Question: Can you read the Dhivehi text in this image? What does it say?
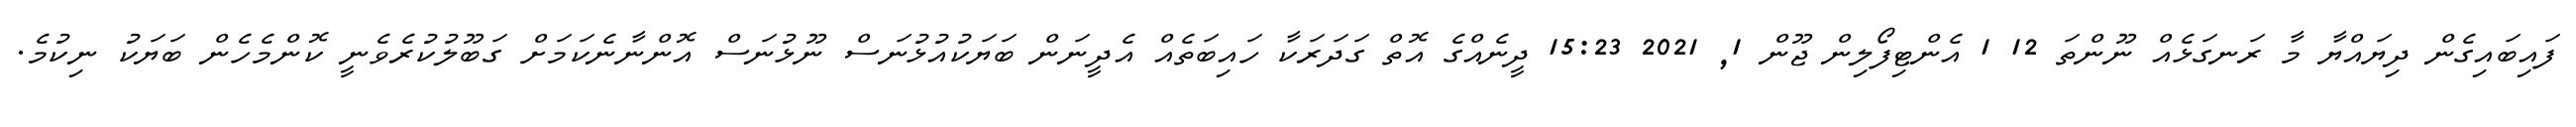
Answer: ފައިބައިގެން ދިޔައްޔާ މާ ރަނގަޅެއް ނޫންތަ 12 1 އެންޓިފޯލިން ޖޫން 1, 2021 15:23 ދީނެއްގެ އޮތް ގަދަރަކާ ހައިބަތެއް އެދީނަން ބަޔަކުއުޅުނަސް ނޫޅުނަސް އޮންނާނެކަމަށް ގަބޫލުކުރެވެނީ ކޮންމެހެން ބަޔަކު ނިކުމެ.